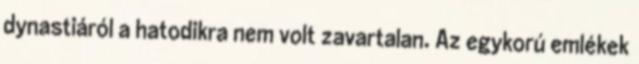
dynastiáról a hatodikra nem volt zavartalan. Az egykorú emlékek